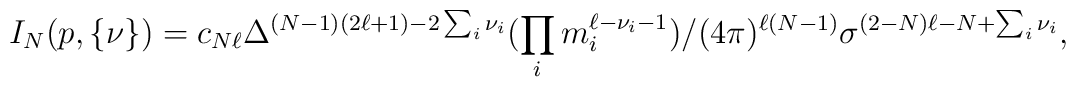
I_N(p,\{\nu\})= c_{N\ell}\Delta^{(N-1)(2\ell+1)-2\sum_i\nu_i}(\prod_i  m_i^{\ell-\nu_i-1})/(4\pi)^{\ell(N-1)}\sigma^{(2-N)\ell-N+\sum_i\nu_i},